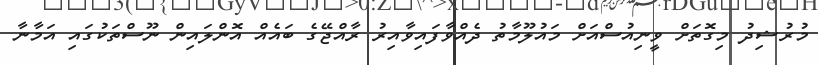
މުރުޝިދު މިގޮތަށް ވީނިއުސްއަށް މައުލޫމާތު ދެއްވާފައިވާއިރު ރާއްޖޭގެ ބައެއް އޮންލައިން ނޫސްތަކުގައި އަމާނާ